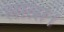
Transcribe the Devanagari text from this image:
लात्स।